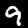
Digit: 9